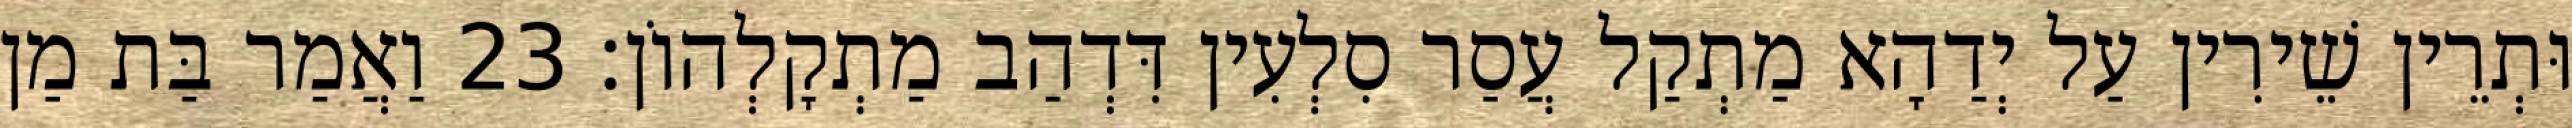
וּתְרֵין שֵׁירִין עַל יְדַהָא מַתְקַל עֲסַר סִלְעִין דִּדְהַב מַתְקָלְהוֹן׃ 23 וַאֲמַר בַּת מַן